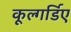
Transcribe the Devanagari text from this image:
कूल्गर्डिए